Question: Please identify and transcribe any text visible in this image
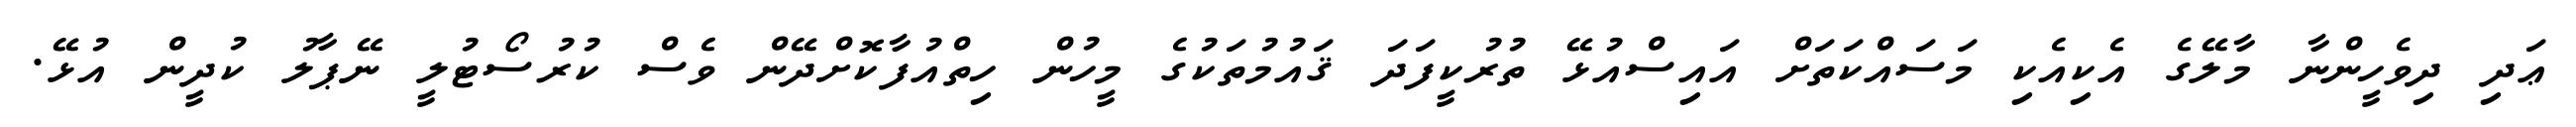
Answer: ޢަދި ދިވެހީންނާ މާލޭގެ އެކިއެކި މަސައްކަތަށް އައިސްއުޅޭ ތުރުކީފަދަ ޤައުމުތަކުގެ މީހުން ހިތްއުފާކޮށްދޭން ވެސް ކުރުސޯޓުލީ ނޭޕާލު ކުދީން އުޅޭ.